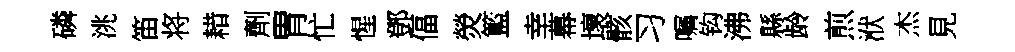
磷洮笛将耤劑胃忙惺鄧偪熒籃幸幕壞骸习嘱钩沸縣龄煎洑杰見